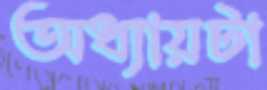
অধ্যায়টা